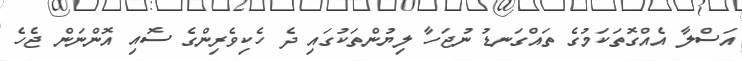
އަސްލާ އެއްގޮތަކަމުގެ ތައްގަނޑު ނުޖަހާ ލިޔުންތަކުގައި ދެ ހެކިވެރިންގެ ސޮއި އޮންނަން ޖެހެ